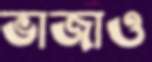
ভাজাও